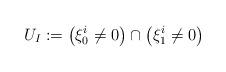
LaTeX: \begin{align*}U_I := \left( \xi_0^i \neq 0 \right) \cap \left( \xi_1^i \neq 0 \right)\end{align*}